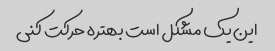
این یک مشکل است بهتره حرکت کنی